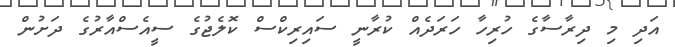
އަދި މި ދިރާސާގެ ހުރިހާ ހަރަދެއް ކުރާނީ ސައިރިކްސް ކޮލެޖުގެ ސީއެސްއާރުގެ ދަށުން